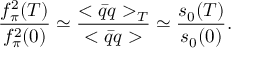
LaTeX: \frac { f _ { \pi } ^ { 2 } ( T ) } { f _ { \pi } ^ { 2 } ( 0 ) } \simeq \frac { < \bar { q } q > _ { T } } { < \bar { q } q > } \simeq \frac { s _ { 0 } ( T ) } { s _ { 0 } ( 0 ) } .